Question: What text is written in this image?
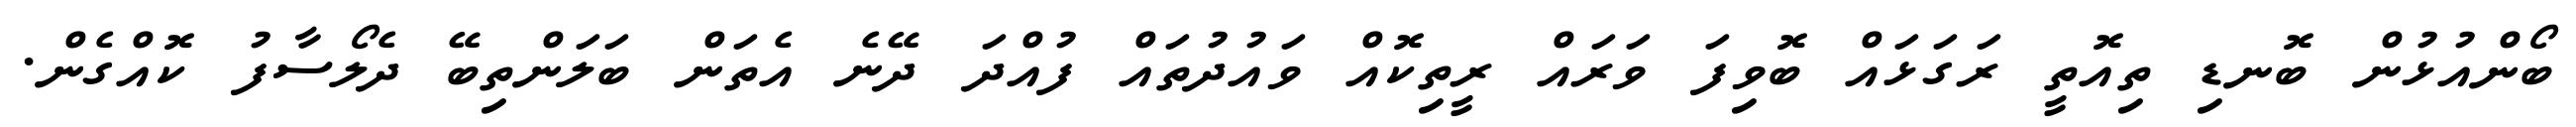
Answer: ބޯންއުޅުން ބޮނޑި ތިއޮތީ ރަގަޅައް ބޮވިފަ ވަރައް ރީތިކޮއް ވައުދުތައް ފުއްދަ ދޭނެ އެތަން ބަލަންތިބޭ ދެލޯސާފު ކޮއްގެން.